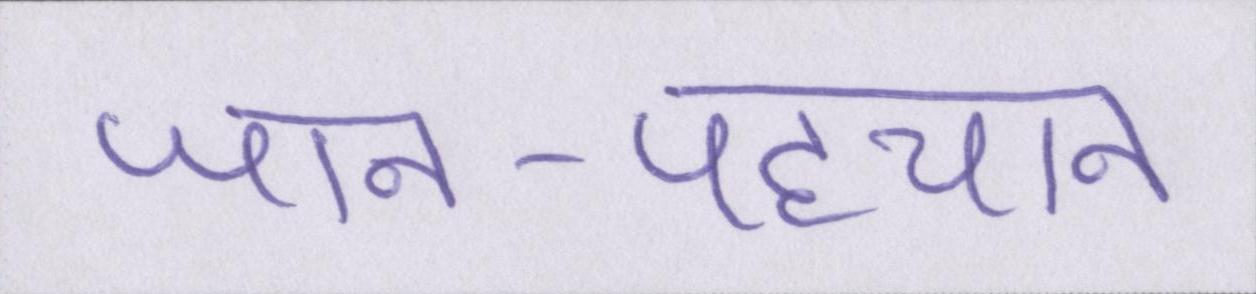
जान-पहचान